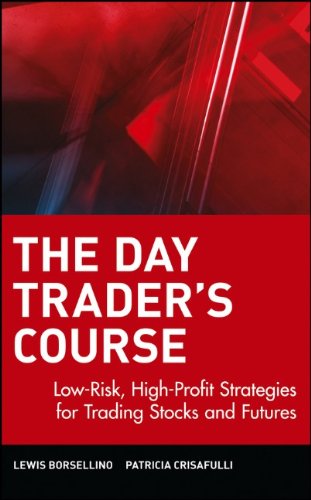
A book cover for The Day Trader's Course: Low-Risk, High-Profit Strategies for Trading Stocks and Futures; Lewis Borsellino; Business & Money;